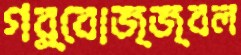
গর্বোজ্জ্বল